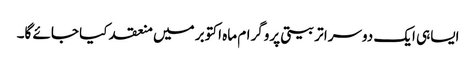
ایساہی ایک دوسرا تربیتی پروگرام ماہ اکتوبر میں منعقد کیا جائے گا۔